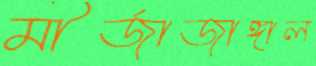
মীর্জাজাঙ্গাল